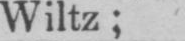
Wiltz;